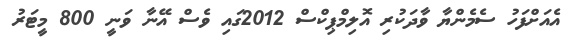
އެއަށްފަހު ސެމެންޔާ ވާދަކުރި އޮލިމްޕިކްސް 2012ގައި ވެސް އޭނާ ވަނީ 800 މީޓަރު